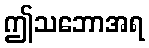
ဤသဘောအရ